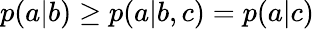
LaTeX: p(a|b)\geq p(a|b,c)=p(a|c)